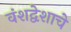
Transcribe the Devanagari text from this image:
वंशद्वेशाचे